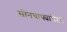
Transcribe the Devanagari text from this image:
सोनचाफ्यापेक्षा